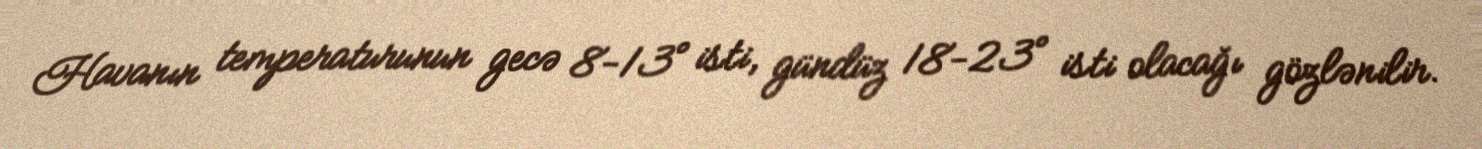
Havanın temperaturunun gecə 8-13° isti, gündüz 18-23° isti olacağı gözlənilir.